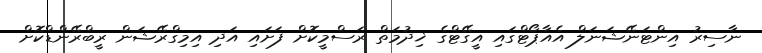
ނާސިރު އިންޓަނޭޝަނަލް އެއާޕޯޓްގައި އީގޭޓްގެ ޚިދުމަތް ރަސްމީކޮށް ފަށައި އަދި އިމިގްރޭޝަން ރީބްރޭންޑްކޮށް